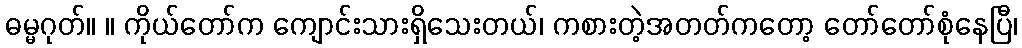
ဓမ္မဂုတ်။ ။ ကိုယ်တော်က ကျောင်းသားရှိသေးတယ်၊ ကစားတဲ့အတတ်ကတော့ တော်တော်စုံနေပြီ၊